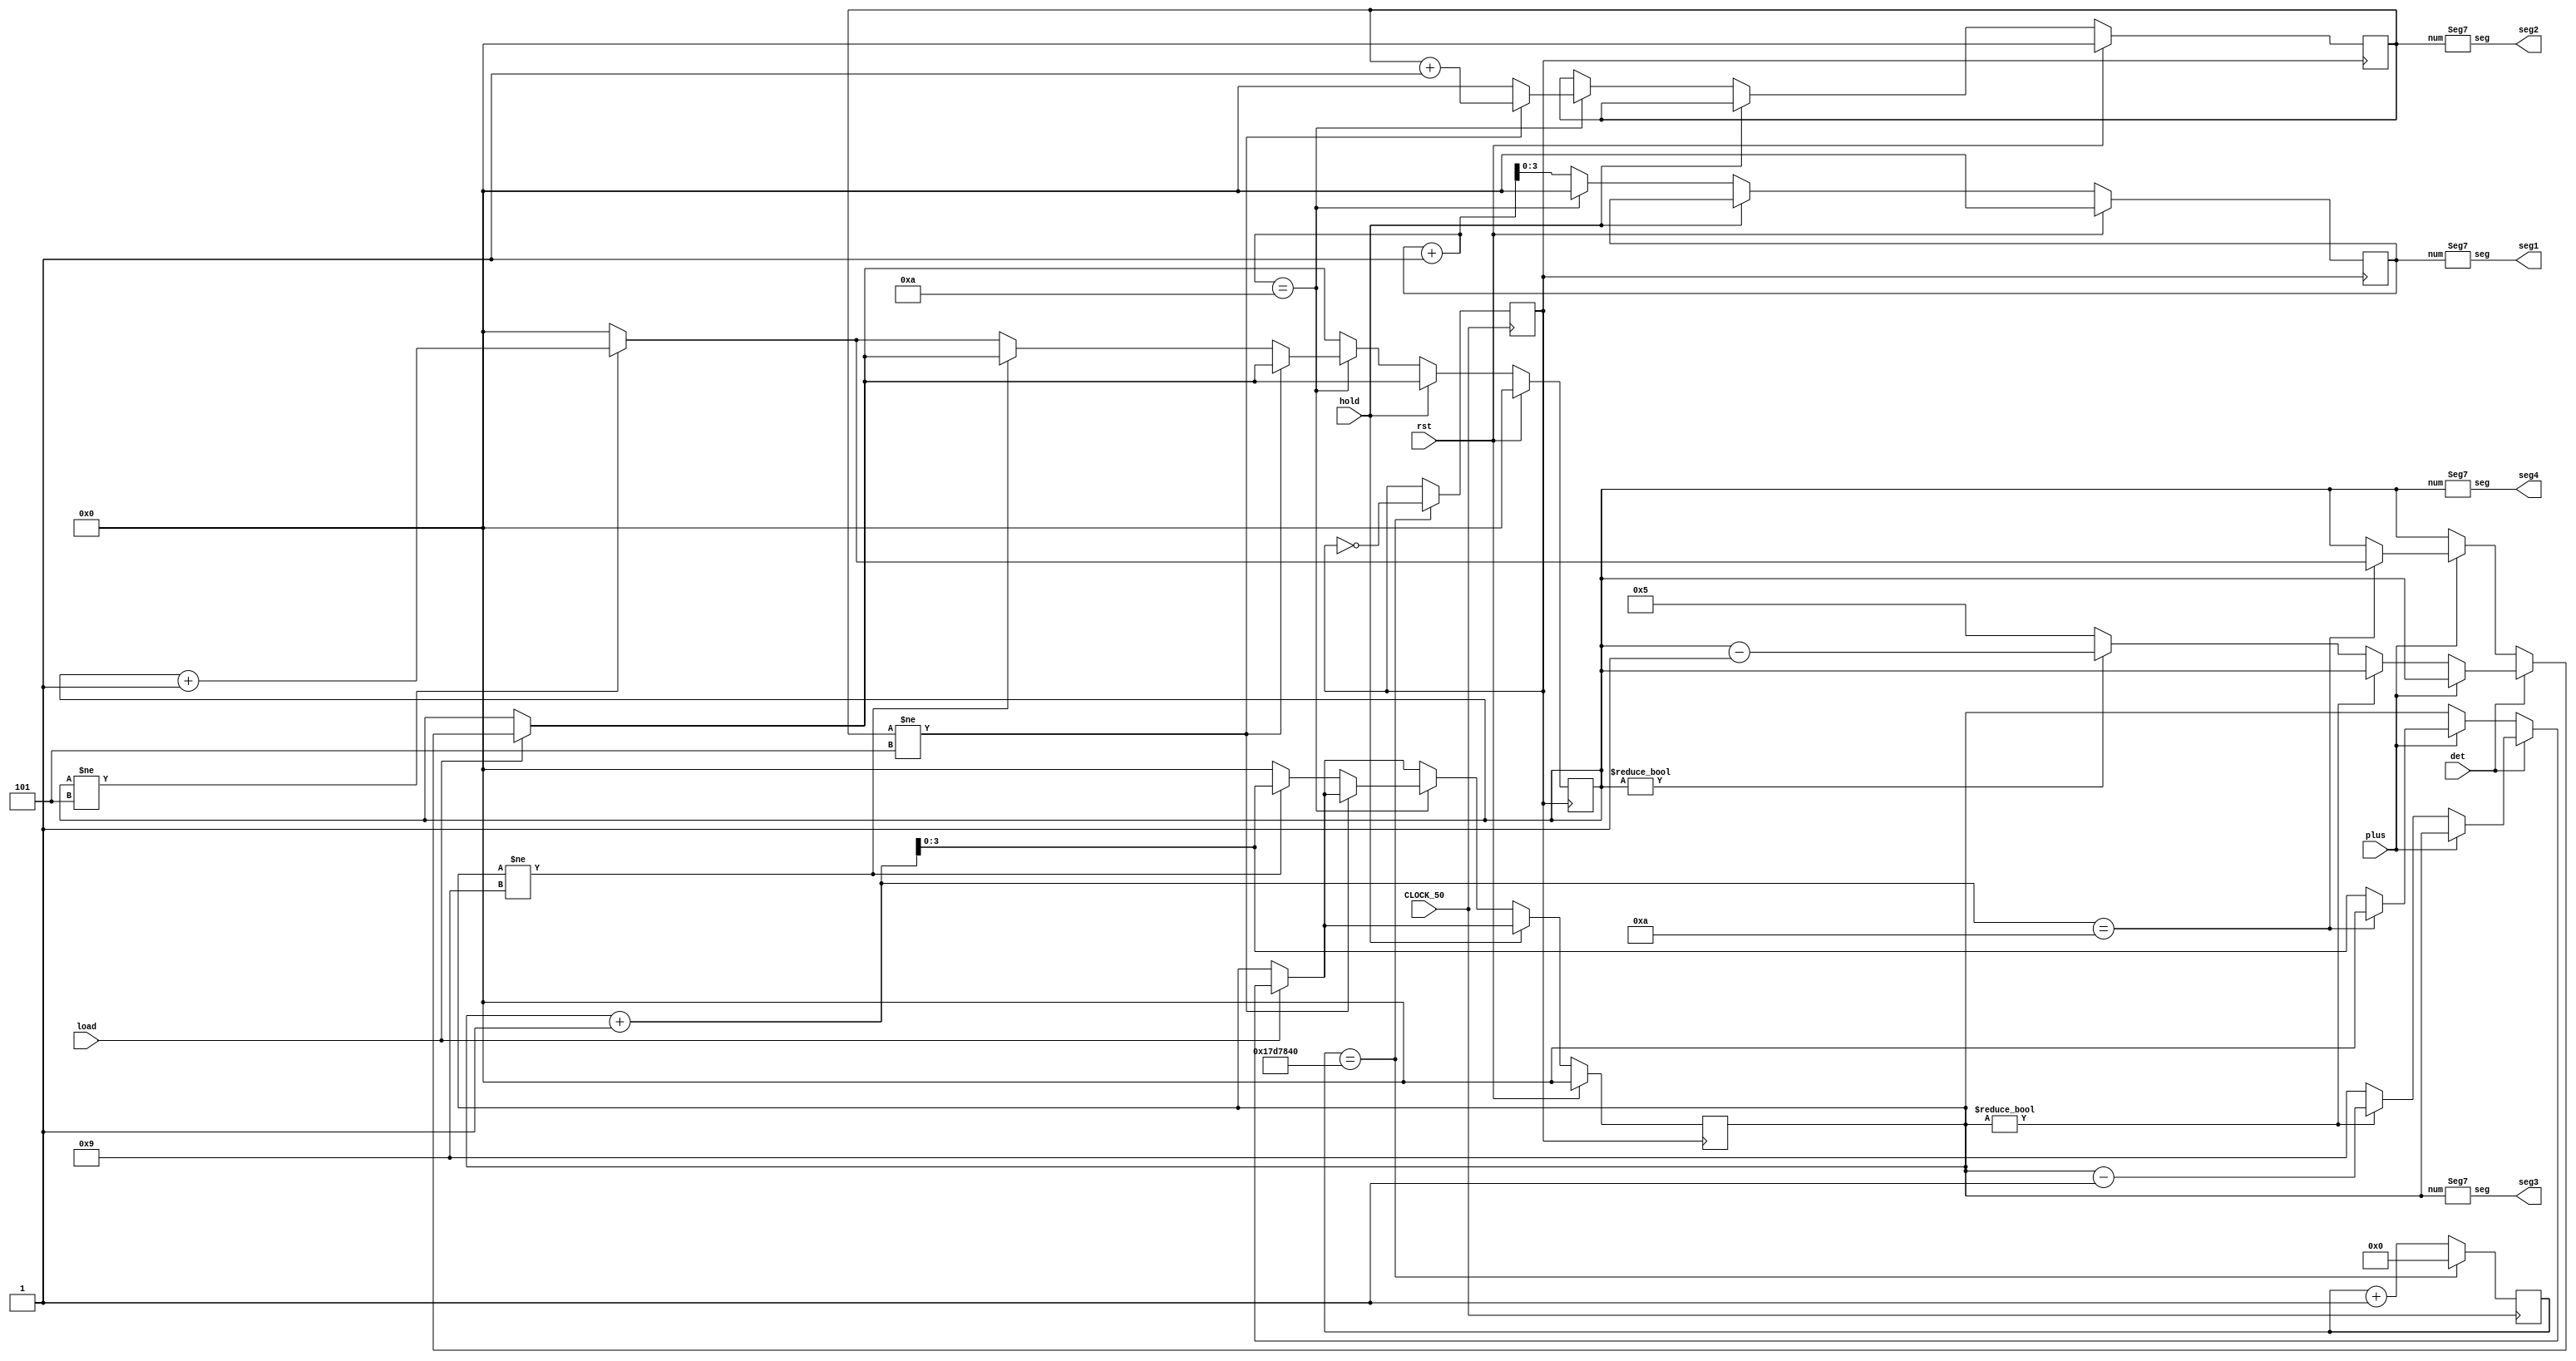
module clock(    // The top-level module must match the name
rst,
hold,
load,
CLOCK_50,         // of the project file
seg1,
seg2,
seg3,
seg4,
plus,
det
);
input det;
input plus;
input rst;
input CLOCK_50;
input hold;
input load;
output [0:7]seg1;
output [0:7]seg2;
output [0:7]seg3;
output [0:7]seg4;
reg [3:0]count1;
reg [3:0]count2;
reg [3:0]count3;
reg [3:0]count4;
reg   [25:0]count;     
reg   clk2;
initial count1 = 4'b0000;
initial count2 = 4'b0000;
initial count3 = 4'b0000;
initial count4 = 4'b0000;
// clock divider 50MHz to 1Hz
always@(posedge CLOCK_50)
    begin
        if(count==26'd25_000_000)    // counts 25M clk cycles and
            begin                    // toggles clk2 hi or lo
             count<=0;               
             clk2 <= ~clk2;         
            end
        else
            begin
             count<=count+1;
            end
    end    


always @(posedge clk2)
begin
if(load == 1)
begin
if(det == 0)
begin
if(plus == 1)
begin
if(count3+1 == 10)
begin
if(count4 != 5)
begin
count4 <= (count4+1);
count3 <= 0;
end
else
begin
count4 <= 0;
count3 <= 0;
end
end
else
begin
count3 <= (count3+1);
end
end
end
else
begin
if(plus == 0)
begin
if(count3 != 0)
begin 
count3 <= (count3-1);
end
else
begin
if(count4 != 0)
begin
count4 <= (count4-1);
count3 <= 9;
end
else
begin
count4 <= 5;
count3 <= 9;
end
end
end
else
count3 <= count3;
end
end
if(rst == 1)
begin
count1 <= 4'b0000;
count2 <= 4'b0000;
count3 <= 4'b0000;
count4 <= 4'b0000;
end	
else
if(hold == 0)
begin
if(count1+1 == 10)
begin
if(count2 != 5)
begin
count2 <= (count2+1);
count1 <= 0;
end
else
begin
if(count3 != 9)
begin
count3 <= (count3+1);
count2 <= 4'b0000;
count1 <= 4'b0000;
end
else
begin
if(count4 != 5)
begin
count4 <= (count4+1);
count3 <= 4'b0000;
count2 <= 4'b0000;
count1 <= 4'b0000;
end
else
begin
count4 <= 0;
count3 <= 0;
count2 <= 0;
count1 <= 0;
end
end
end
end
else
count1 <= (count1+1);
end
end
Seg7 A(count1,seg1);
Seg7 B(count2,seg2);
Seg7 C(count3,seg3);
Seg7 D(count4,seg4);

endmodule

module Seg7(input [3:0] num, output [0:7] seg);
		reg [7:0] nseg;
    always @(num) 
    begin
        case (num)
            4'b0000: nseg = 8'b11111100; // 0
            4'b0001: nseg = 8'b01100000; // 1
            4'b0010: nseg = 8'b11011010; // 2
            4'b0011: nseg = 8'b11110010; // 3
            4'b0100: nseg = 8'b01100110; // 4
            4'b0101: nseg = 8'b10110110; // 5
            4'b0110: nseg = 8'b10111110; // 6
            4'b0111: nseg = 8'b11100100; // 7
            4'b1000: nseg = 8'b11111110; // 8
            4'b1001: nseg = 8'b11110110; // 9
            default: nseg = 8'b00000000; //  
        endcase
    end
	assign seg = ~nseg;
endmodule